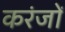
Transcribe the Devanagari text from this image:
करंजों